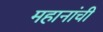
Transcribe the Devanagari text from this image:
महानांची